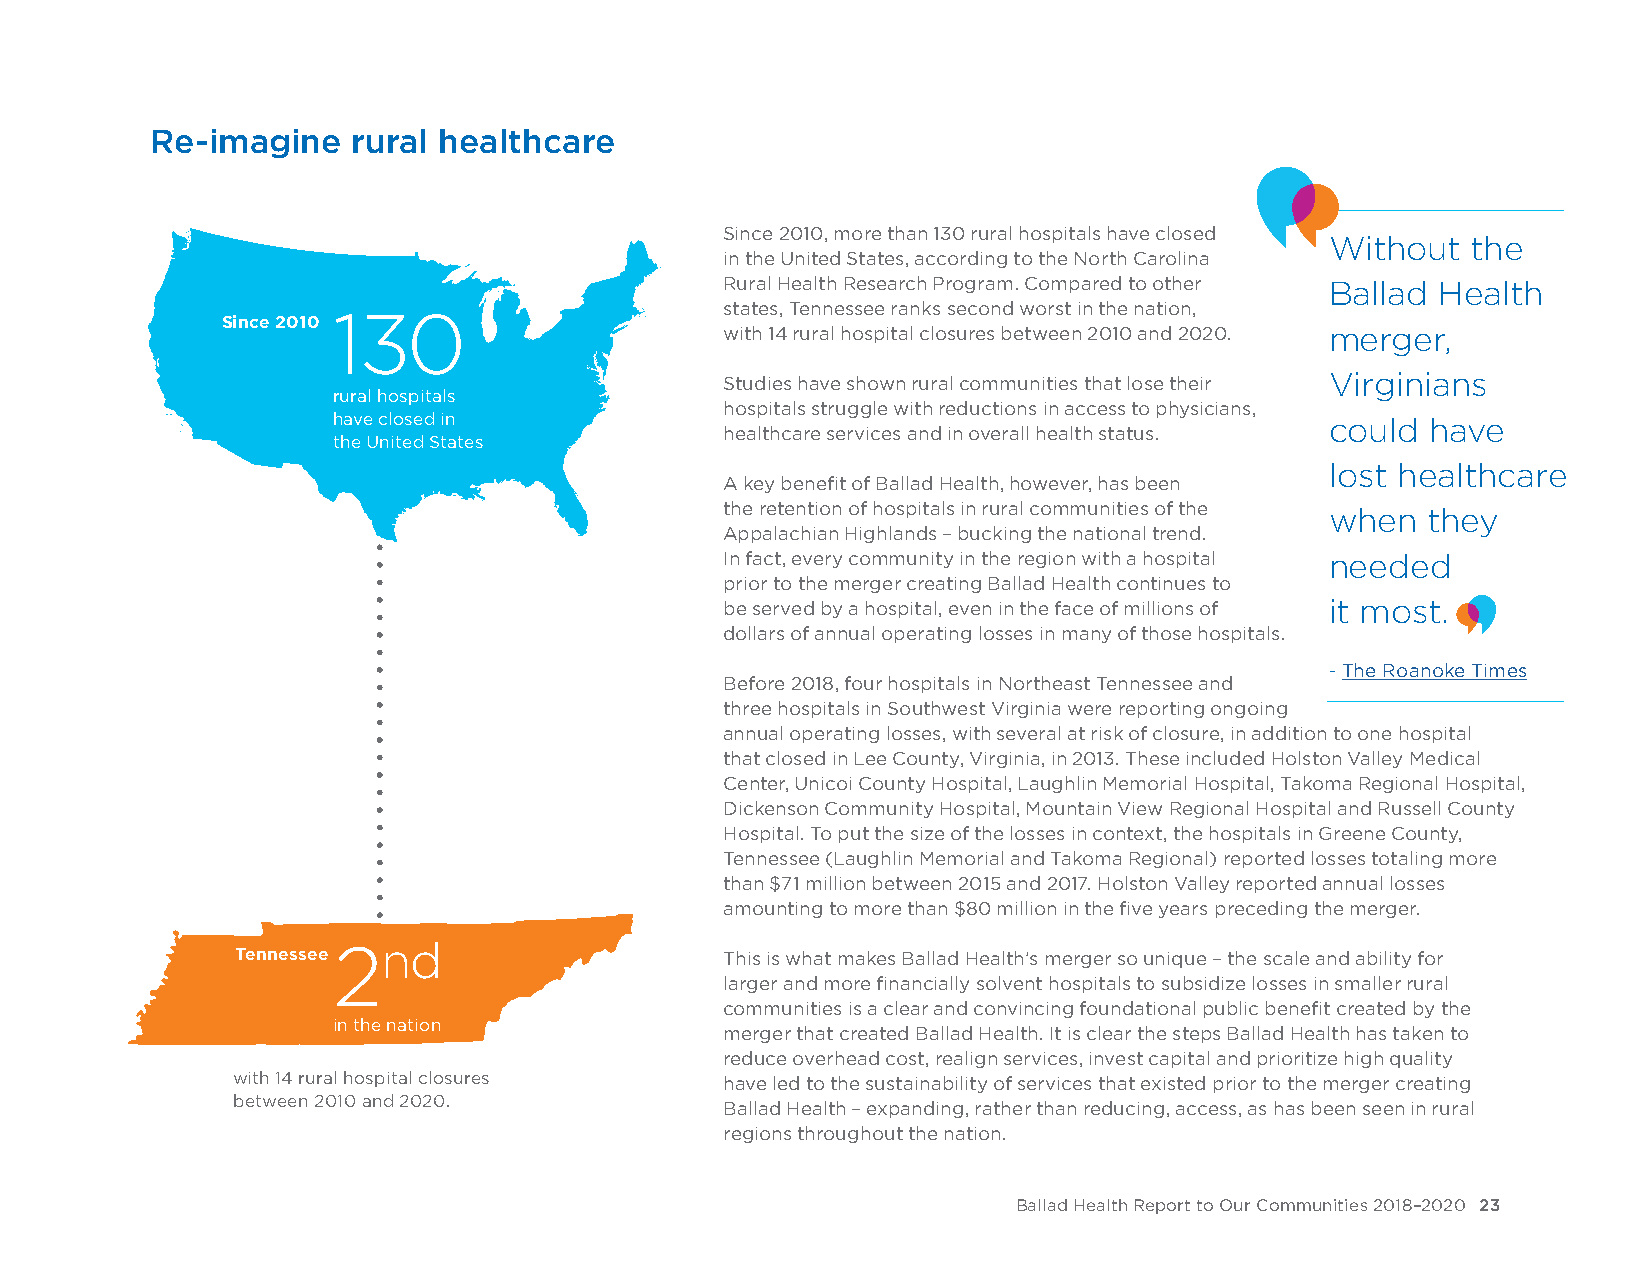
Re-imagine   rural healthcare
 Since 2010, more than 130 rural hospitals have closed
 Without  the
 in the United States, according to the North Carolina
 Rural Health Research Program. Compared to other Ballad Health
 states, Tennessee ranks second worst in the nation,
 130
 Since 2010
 with 14 rural hospital closures between 2010 and 2020. merger,
 Studies have shown rural communities that lose their Virginians
 rural hospitals
 hospitals struggle with reductions in access to physicians,
 have closed in                                                    could  have
 healthcare services and in overall health status.
 the United States
 lost healthcare
 A key benefit of Ballad Health, however, has been
 the retention of hospitals in rural communities of the when they
 Appalachian Highlands – bucking the national trend.
 In fact, every community in the region with a hospital needed
 prior to the merger creating Ballad Health continues to
 be served by a hospital, even in the face of millions of it most.
 dollars of annual operating losses in many of those hospitals.
 - The Roanoke Times
 Before 2018, four hospitals in Northeast Tennessee and
 three hospitals in Southwest Virginia were reporting ongoing
 annual operating losses, with several at risk of closure, in addition to one hospital
 that closed in Lee County, Virginia, in 2013. These included Holston Valley Medical
 Center, Unicoi County Hospital, Laughlin Memorial Hospital, Takoma Regional Hospital,
 Dickenson Community Hospital, Mountain View Regional Hospital and Russell County
 Hospital. To put the size of the losses in context, the hospitals in Greene County,
 Tennessee (Laughlin Memorial and Takoma Regional) reported losses totaling more
 than $71 million between 2015 and 2017. Holston Valley reported annual losses
 amounting to more than $80 million in the five years preceding the merger.
 2nd
 Tennessee                       This is what makes Ballad Health’s merger so unique – the scale and ability for
 larger and more financially solvent hospitals to subsidize losses in smaller rural
 communities is a clear and convincing foundational public benefit created by the
 in the nation
 merger that created Ballad Health. It is clear the steps Ballad Health has taken to
 reduce overhead cost, realign services, invest capital and prioritize high quality
 with 14 rural hospital closures  have led to the sustainability of services that existed prior to the merger creating
 between 2010 and 2020.
 Ballad Health – expanding, rather than reducing, access, as has been seen in rural
 regions throughout the nation.
 Ballad Health Report to Our Communities 2018–2020 23